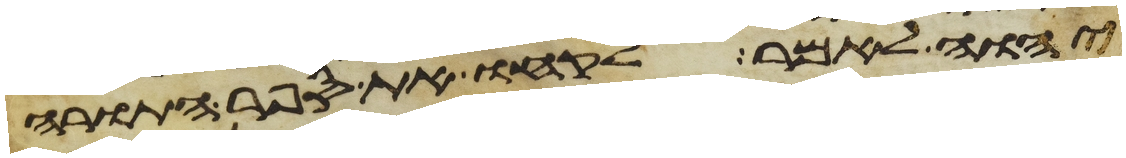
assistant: יהוה לאמר לקחו את ספר התורה